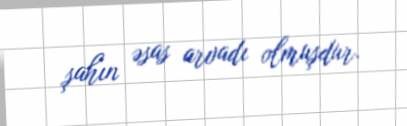
şahın əsas arvadı olmuşdur.